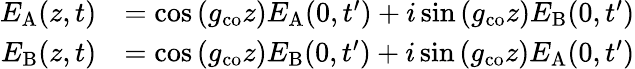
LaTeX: \begin{array}{rl}{E_{\mathrm{A}}(z,t)}&{=\cos{(g_{\mathrm{co}}z)}E_{\mathrm{A}}(0,t^{\prime})+i\sin{(g_{\mathrm{co}}z)}E_{\mathrm{B}}(0,t^{\prime})}\\ {E_{\mathrm{B}}(z,t)}&{=\cos{(g_{\mathrm{co}}z)}E_{\mathrm{B}}(0,t^{\prime})+i\sin{(g_{\mathrm{co}}z)}E_{\mathrm{A}}(0,t^{\prime})}\end{array}